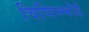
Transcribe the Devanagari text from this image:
चिप्पिन्ग्फोर्ड